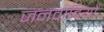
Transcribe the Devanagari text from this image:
जनवादियों